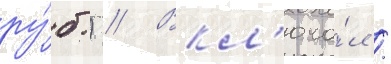
ру́б.) // Вкл'юча́л /